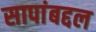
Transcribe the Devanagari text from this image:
सापांबद्दल